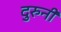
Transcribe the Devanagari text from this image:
दुरुनी